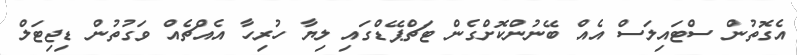
އެގޮތުން ސްޓައިލަސް އެއް ބޭނުންކޮށްގެން ޓަޗްޕޭޑްގައި ލިޔާ ހުރިހާ އެއްޗެއް ވަގުތުން ޑިޖިޓަލް